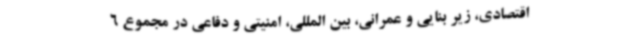
اقتصادی، زیر بنایی و عمرانی، بین المللی، امنیتی و دفاعی در مجموع 6